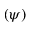
( \psi )